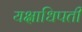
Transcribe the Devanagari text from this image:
यक्षाधिपती